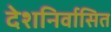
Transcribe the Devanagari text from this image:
देशनिर्वासित